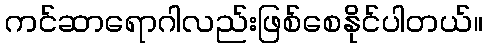
ကင်ဆာရောဂါလည်းဖြစ်စေနိုင်ပါတယ်။